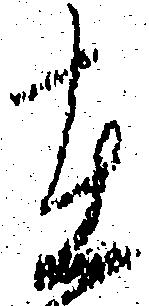
在